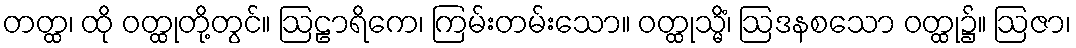
တတ္ထ၊ ထို ဝတ္ထုတို့တွင်။ ဩဠာရိကေ၊ ကြမ်းတမ်းသော။ ဝတ္ထုသ္မိံ၊ ဩဒနစသော ဝတ္ထု၌။ ဩဇာ၊